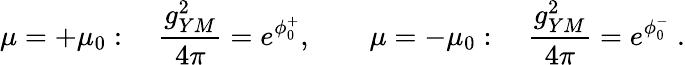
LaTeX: \mu=+\mu_{0}:\quad{\frac{g_{YM}^{2}}{4\pi}}=e^{\phi_{0}^{+}},\quad\quad\mu=-\mu_{0}:\quad{\frac{g_{YM}^{2}}{4\pi}}=e^{\phi_{0}^{-}}\ .